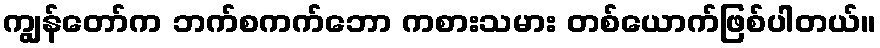
ကျွန်တော်က ဘက်စကက်ဘော ကစားသမား တစ်ယောက်ဖြစ်ပါတယ်။